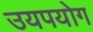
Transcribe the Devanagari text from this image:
उयपयोग